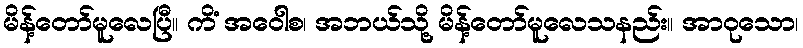
မိန့်တော်မူလေပြီ။ ကိံ အဝေါစ၊ အဘယ်သို့ မိန့်တော်မူလေသနည်း။ အာဝုသော၊